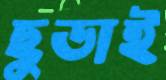
ছুডাই